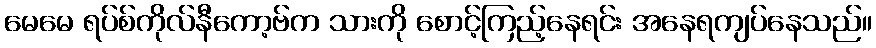
မေမေ ရပ်စ်ကိုလ်နီကော့ဗ်က သားကို စောင့်ကြည့်နေရင်း အနေရကျပ်နေသည်။